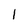
Character: l